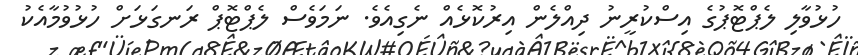
ހުޅުވާލި ލެޕްޓޮޕުގެ އިސްކުރީނު ދިއްލެން އިރުކޮޅެއް ނެގިއެވެ. ނަމަވެސް ލެޕްޓޮޕް ރަނގަޅަށް ހުޅުވުމާއެކު